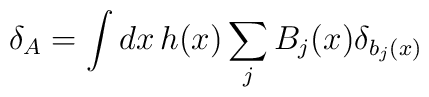
\delta_A =\int dx\,h(x)\sum_j   B_j(x)\delta_{b_j(x)}